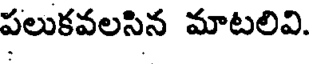
పలుకవలసిన మాటలివి.